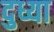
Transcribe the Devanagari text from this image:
दुध्या